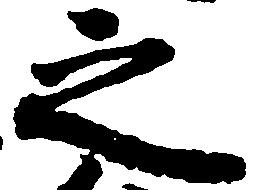
之